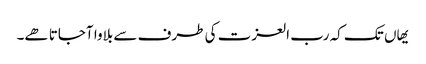
یھاں تک کہ رب العزت کی طرف سے بلاوا آجاتا ھے۔